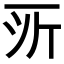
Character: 𫝂